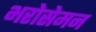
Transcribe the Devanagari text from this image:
भरोसेमन